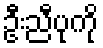
ဦးညီပုကို